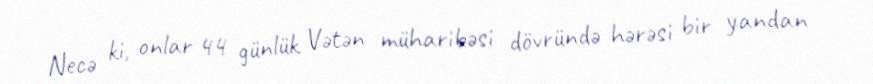
Necə ki, onlar 44 günlük Vətən müharibəsi dövründə hərəsi bir yandan